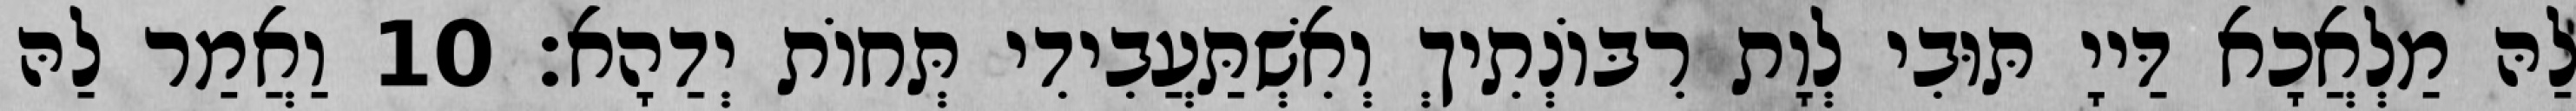
לַהּ מַלְאֲכָא דַּייָ תּוּבִי לְוָת רִבּוֹנְתִיךְ וְאִשְׁתַּעֲבִידִי תְּחוֹת יְדַהָא׃ 10 וַאֲמַר לַהּ